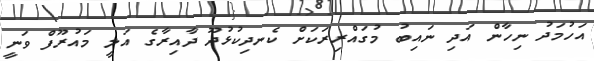
އަހުމަދު ނިހާން އަދި ނައިބު މުގައްރިރަކަށް ކެނދިކުޅުދޫ ދާއިރާގެ އަލީ މައުރޫފް ވަނީ